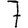
Digit: 7